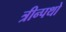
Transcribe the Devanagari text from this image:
त्रीन्पथो